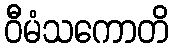
ဝီမံသကောတိ